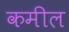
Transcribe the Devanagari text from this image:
कमील